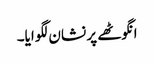
انگوٹھے پر نشان لگوایا۔